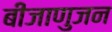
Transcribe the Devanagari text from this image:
बीजाणुजन